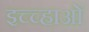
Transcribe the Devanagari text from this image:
इच्च्हाओं